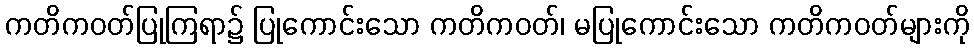
ကတိကဝတ်ပြုကြရာ၌ ပြုကောင်းသော ကတိကဝတ်၊ မပြုကောင်းသော ကတိကဝတ်များကို